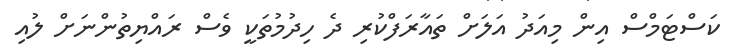
ކަސްޓަމްސް އިން މިއަދު އަލަށް ތައާރަފްކުރި ދެ ހިދުމުތަކީ ވެސް ރައްޔިތުންނަށް ލުއި